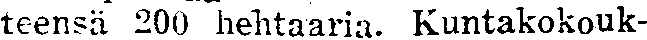
teensä 200 hehtaaria. Kuntakokouk-